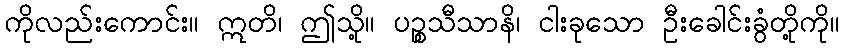
ကိုလည်းကောင်း။ ဣတိ၊ ဤသို့။ ပဉ္စသီသာနိ၊ ငါးခုသော ဦးခေါင်းခွံတို့ကို။